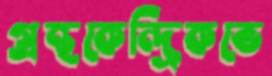
গ্রন্থকেন্দ্রিকভে